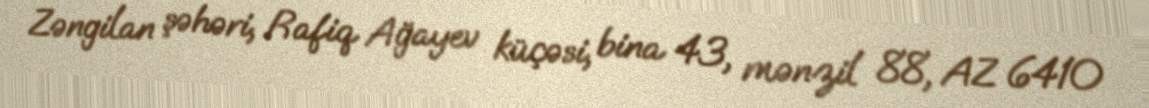
Zəngilan şəhəri, Rafiq Ağayev küçəsi, bina 43, mənzil 88, AZ 6410